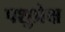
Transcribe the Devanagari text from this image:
पशुप्रेक्ष